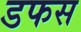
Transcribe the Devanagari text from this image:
डफस